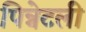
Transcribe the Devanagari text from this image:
पिन्नेटली